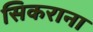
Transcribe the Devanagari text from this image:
सिकराना